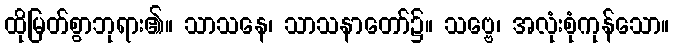
ထိုမြတ်စွာဘုရား၏။ သာသနေ၊ သာသနာတော်၌။ သဗ္ဗေ၊ အလုံးစုံကုန်သော။